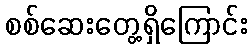
စစ်ဆေးတွေ့ရှိကြောင်း